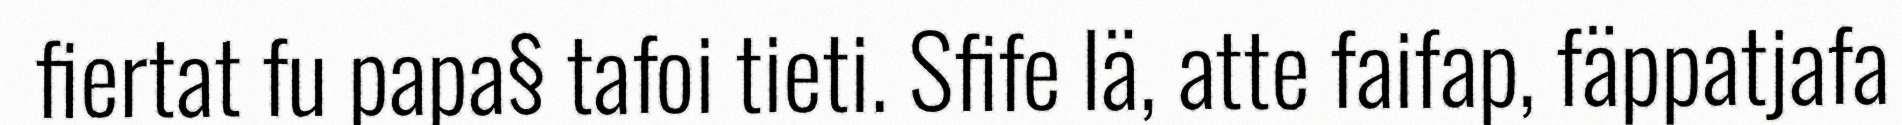
fiertat fu papa§ tafoi tieti. Sfife lä, atte faifap, fäppatjafa